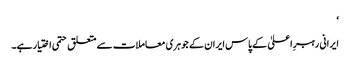
‘
ایرانی رہبرِ اعلیٰ کے پاس ایران کے جوہری معاملات سے متعلق حتمی اختیار ہے۔